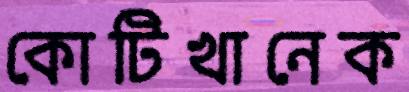
কোটিখানেক